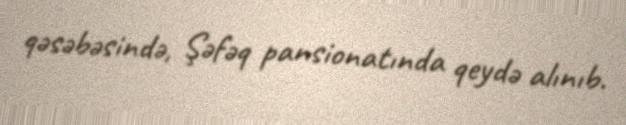
qəsəbəsində, Şəfəq pansionatında qeydə alınıb.